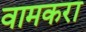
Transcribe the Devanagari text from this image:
वामकरा